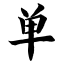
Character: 单